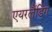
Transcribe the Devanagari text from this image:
एयरलैंडिंग